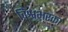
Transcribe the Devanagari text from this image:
विश्वभरका